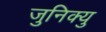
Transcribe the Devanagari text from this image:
जुनिक्यु